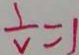
\frac { 1 } { v } = 1